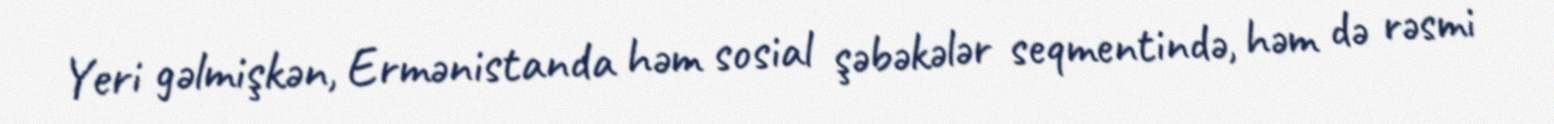
Yeri gəlmişkən, Ermənistanda həm sosial şəbəkələr seqmentində, həm də rəsmi